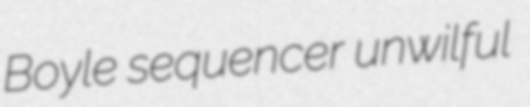
Boyle sequencer unwilful